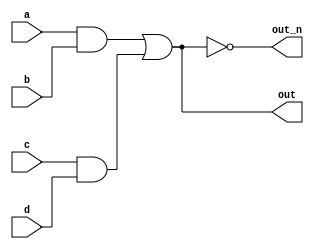
`default_nettype none
module top_module(
    input a,
    input b,
    input c,
    input d,
    output out,
    output out_n   ); 
    wire n1,n2,n3;
    assign n1 = a & b;
    assign n2 = c & d;
    assign n3 = n1 | n2;
    assign out = n3;
    assign out_n = ~n3;

endmodule